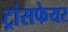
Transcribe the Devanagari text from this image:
ट्रांसफेयर